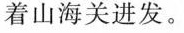
着山海关进发。